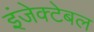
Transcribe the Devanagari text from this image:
इंजेक्टेबल